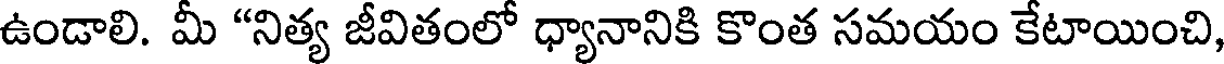
ఉండాలి. మీ "నిత్య జీవితంలో ధ్యానానికి కొంత సమయం కేటాయించి,